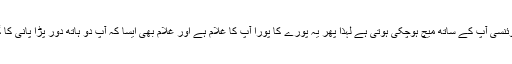
یہ ہے تو ایک روبوٹ لیکن چونکہ اس کی فریکوئنسی آپ کے ساتھ میچ ہوچکی ہوتی ہے لہذا پھر یہ پورے کا پورا آپ کا غلام ہے اور غلام بھی ایسا کہ آپ دو ہاتھ دور پڑا پانی کا گلاس بھی خود اٹھانے کی بجائے اِسے آواز دیں۔